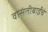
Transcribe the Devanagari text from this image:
वासंतीबाईंचे